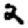
Digit: 2